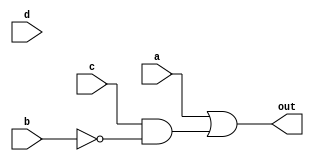
module top_module(
    input a,
    input b,
    input c,
    input d,
    output out  ); 
	
    // assign out = (c&~b) | (a&c) | (d&(~c&~d&b)) | (~d&(a&b&~c&~d)) | (d&(~c&a)) | (~d&(a&~d)); //Initially 
    // assign out = (c&~b) | (a&c) | (a&b&~c&~d) | (d&(~c&a)) | (a&~d); // Simplified further
    assign out = a | (c&~b); // Even more simplified
    
endmodule